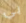
بي